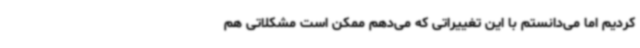
کردیم اما می‌دانستم با این تغییراتی که می‌دهم ممکن است مشکلاتی هم